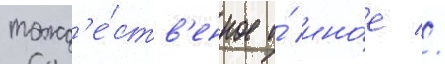
тожд'е́ств'енное и́ ино́е //